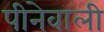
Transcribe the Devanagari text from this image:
पीनेवाली